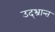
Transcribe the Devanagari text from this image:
उद्‌भ्रान्त